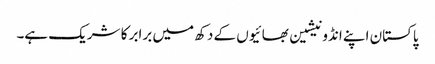
پاکستان اپنے انڈونیشین بھائیوں کے دکھ میں برابر کا شریک ہے۔